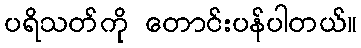
ပရိသတ်ကို တောင်းပန်ပါတယ်။